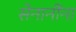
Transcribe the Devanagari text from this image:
सेनानींना